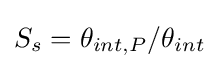
S_{s}=\theta _{int,P}/\theta _{int}